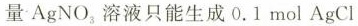
量 $$AgNO_{3}$$ 溶液只能生成0.1mol AgCl